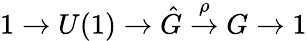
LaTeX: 1\to U(1)\to\hat{G}\stackrel{\rho}{\to}G\to 1